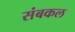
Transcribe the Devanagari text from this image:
संबकल